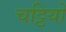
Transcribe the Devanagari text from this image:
चट्टियों